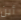
أين